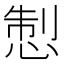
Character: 𢛁